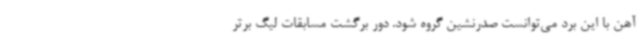
آهن با این برد می‌توانست صدرنشین گروه شود. دور برگشت مسابقات لیگ برتر